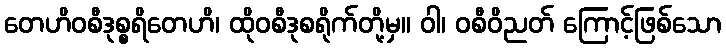
တေဟိဝစီဒုစ္စရိတေဟိ၊ ထိုဝစီဒုစရိုက်တို့မှ။ ဝါ၊ ဝစီဝိညတ် ကြောင့်ဖြစ်သော